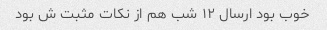
خوب بود ارسال ۱۲ شب هم از نکات مثبت ش بود